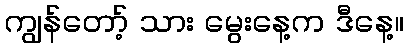
ကျွန်တော့် သား မွေးနေ့က ဒီနေ့။